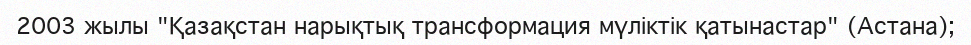
2003 жылы "Қазақстан нарықтық трансформация мүліктік қатынастар" (Астана);